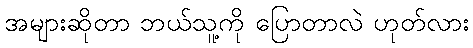
အများဆိုတာ ဘယ်သူ့ကို ပြောတာလဲ ဟုတ်လား